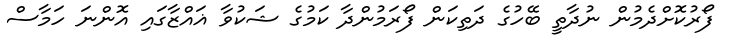
ފޯރުކޮށްދެމުން ނުދާތީ ބޭހުގެ ދަތިކަން ފޯރަމުންދާ ކަމުގެ ޝަކުވާ ޣައްޒާގައި އޮންނަ ހަމާސް